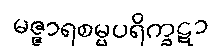
မဇ္ဇာရစမ္မပရိက္ခဋာ